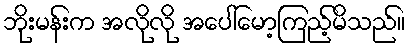
ဘိုးမန်းက အလိုလို အပေါ်မော့ကြည့်မိသည်။